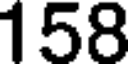
158